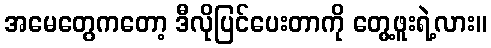
အမေတွေကတော့ ဒီလိုပြင်ပေးတာကို တွေ့ဖူးရဲ့လား။